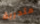
متدربة